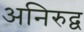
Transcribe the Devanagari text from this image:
अनिरुद्व